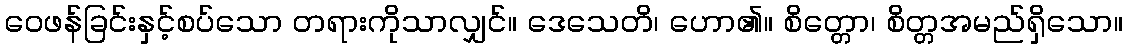
ဝေဖန်ခြင်းနှင့်စပ်သော တရားကိုသာလျှင်။ ဒေသေတိ၊ ဟော၏။ စိတ္တော၊ စိတ္တအမည်ရှိသော။